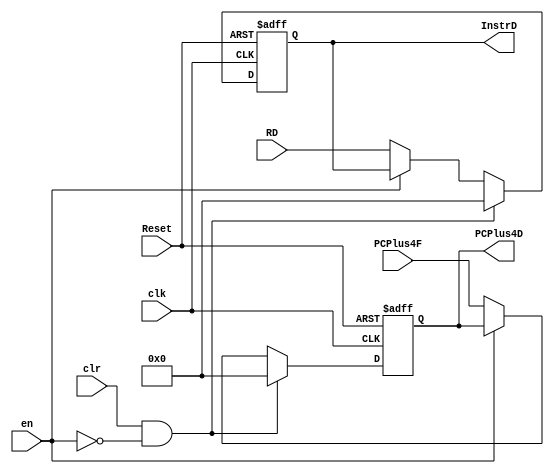
module D_reg(
    input wire clk,en,clr,Reset,
    input wire [31:0] RD,PCPlus4F,
    output reg [31:0] InstrD,PCPlus4D
);


always @(posedge clk , negedge Reset) begin
    
    if (!Reset) begin
        InstrD   <= 0;
        PCPlus4D <= 0;
    end
    
    
    else if((clr==1) && !en) begin
        InstrD   <= 32'b0;
        PCPlus4D <= 32'b0; //UPDATE PCPlus4F
    end

    else if(!en) begin
        InstrD   <= RD;
        PCPlus4D <= PCPlus4F;
    end

    
end

endmodule